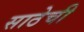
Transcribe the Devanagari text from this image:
साठेची